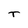
Character: T